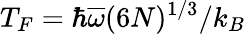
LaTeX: T_{F}=\hbar\overline{{\omega}}(6N)^{1/3}/k_{B}